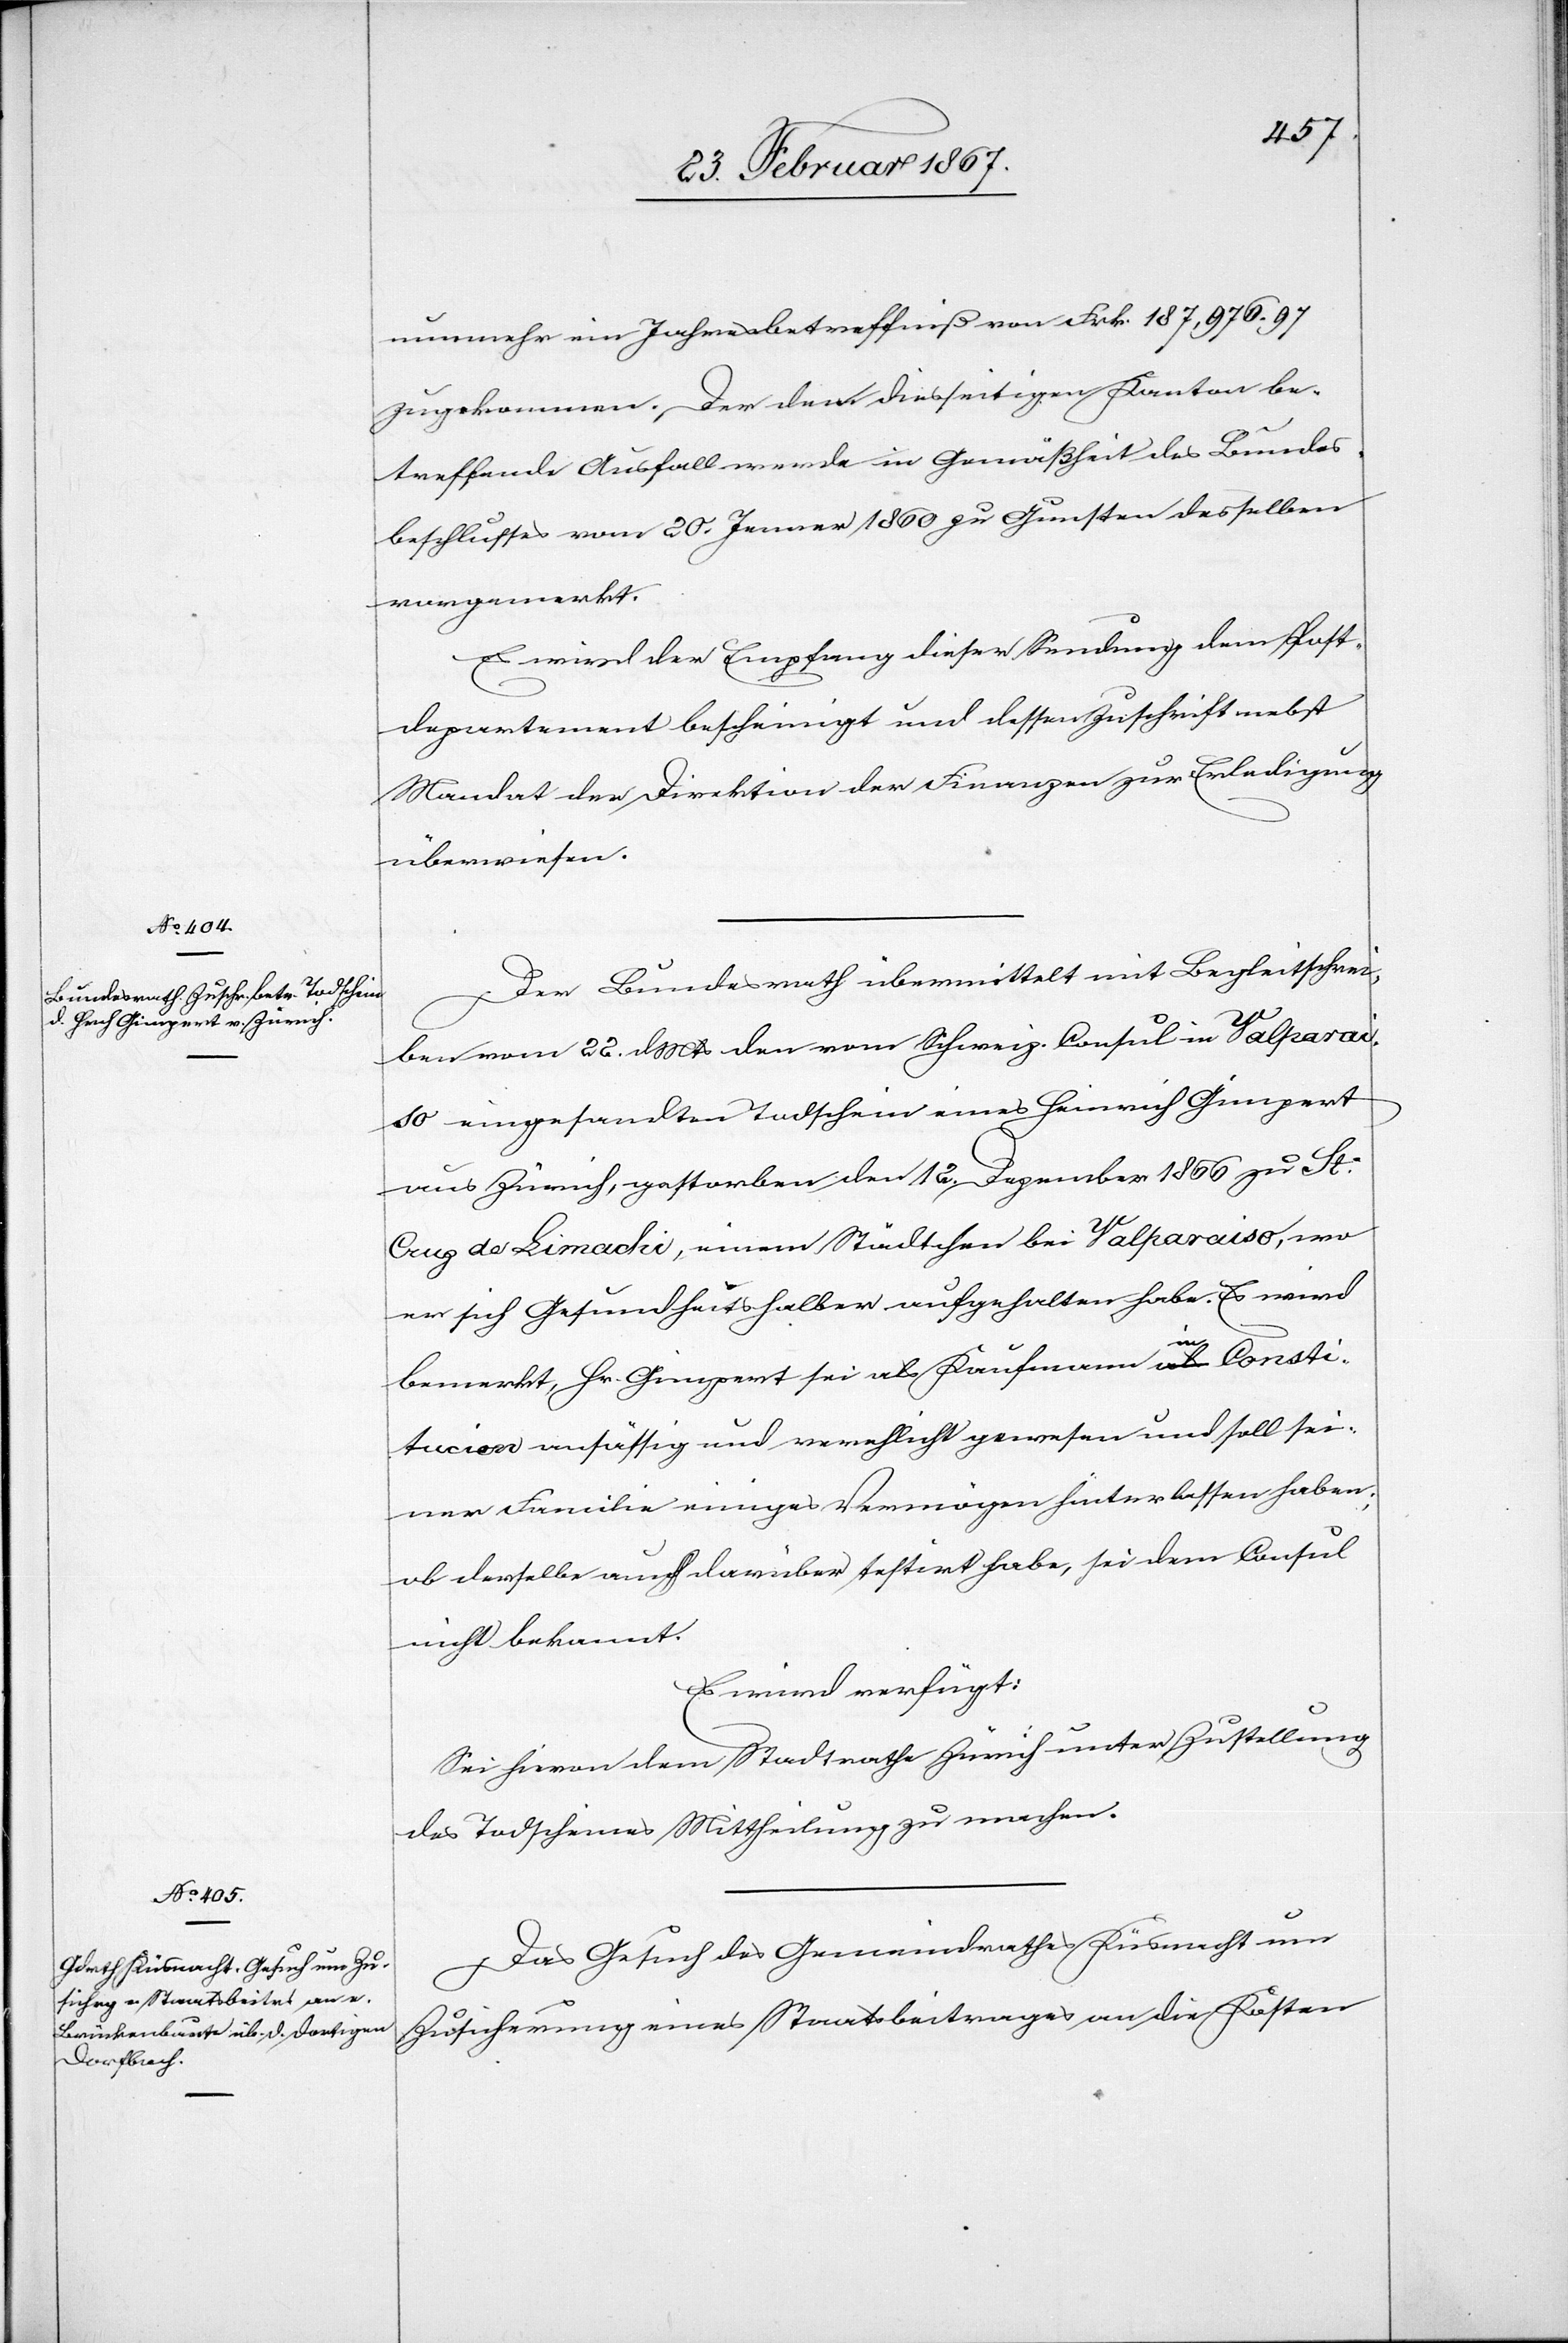
27. Februar 1867.]
nunmehr ein Jahresbetreffniß von Frk. 187,976. 97
zugekommen. Der den diesseitigen Kanton be¬
treffende Ausfall werde in Gemäßheit des Bundes¬
beschlusses vom 20. Jenner 1860 zu Gunsten desselben
vorgemerkt.
Es wird der Empfang dieser Sendung dem Post¬
departement bescheinigt und dessen Zuschrift nebst
Mandat der Direktion der Finanzen zur Erledigung
überwiesen.
Der Bundesrath übermittelt mit Begleitschrei¬
ben vom 22. d. Mts den vom Schweiz. Consul in Valparais¬
o eingesandten Todschein eines Heinrich Gimpert
aus Zürich, gestorben den 12. Dezember 1866 zu St:
Cruz de Limacki, einem Städtchen bei Valparaiso, wo
er sich Gesundheitshalber aufgehalten habe. Es wird
bemerkt, Hr. Gimpert sei als Kaufmann in Consti¬
tucion ansässig und verehlicht gewesen und soll sei¬
ner Familie einiges Vermögen hinterlassen haben;
ob derselbe auch darüber testirt habe, sei dem Consul
nicht bekannt.
Es wird verfügt:
Sei hievon dem Stadtrathe Zürich unter Zustellung
des Todscheines Mittheilung zu machen.
Das Gesuch des Gemeindrathes Küsnacht um
Zusicherung eines Staatsbeitrages an die Kosten